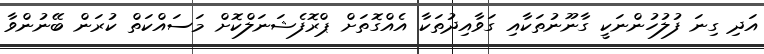
އަދި ގިނަ ފުލުހުންނަކީ ގާނޫނުތަކާއި ގަވާއިދުތަކާ އެއްގޮތަށް ޕްރޮފެޝަނަލްކޮށް މަސައްކަތް ކުރަން ބޭނުންވާ